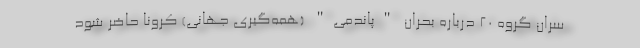
سران گروه 20 درباره بحران "پاندمی" (همه‌گیری جهانی) کرونا حاضر شود